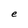
Character: e